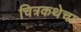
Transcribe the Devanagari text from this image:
चित्रकथेचा